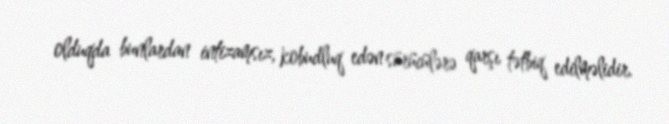
olduqda bunlardan intizamsız, kobudluq edən sürücülərə qarşı tətbiq edilməlidir.